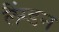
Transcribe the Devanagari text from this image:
लैंग्डन